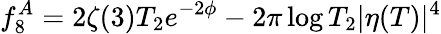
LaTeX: f_{8}^{A}=2\zeta(3)T_{2}e^{-2\phi}-2\pi\log T_{2}|\eta(T)|^{4}